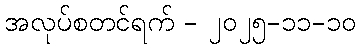
အလုပ်စတင်ရက် - ၂၀၂၅-၁၁-၁၀